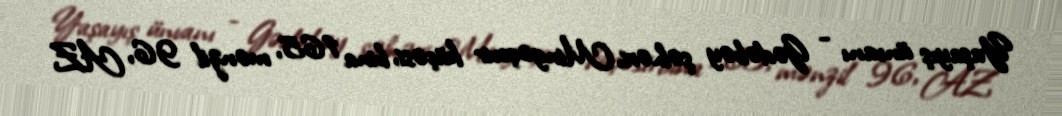
Yaşayış ünvanı - Gədəbəy şəhəri, Mingəçevir küçəsi, bina 165, mənzil 96, AZ